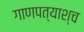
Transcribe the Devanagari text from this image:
गाणपत्याश्च